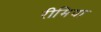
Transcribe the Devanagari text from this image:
रीमिया